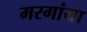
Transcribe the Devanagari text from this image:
मरगांया